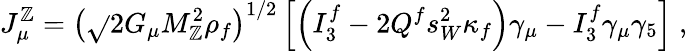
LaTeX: J_{\mu}^{\mathbb{Z}}=\left(\sqrt{}{{2}}G_{\mu}M_{\mathbb{Z}}^{2}\rho_{f}\right)^{1/2}\left[\left(I_{3}^{f}-2Q^{f}s_{W}^{2}\kappa_{f}\right)\gamma_{\mu}-I_{3}^{f}\gamma_{\mu}\gamma_{5}\right]\; ,